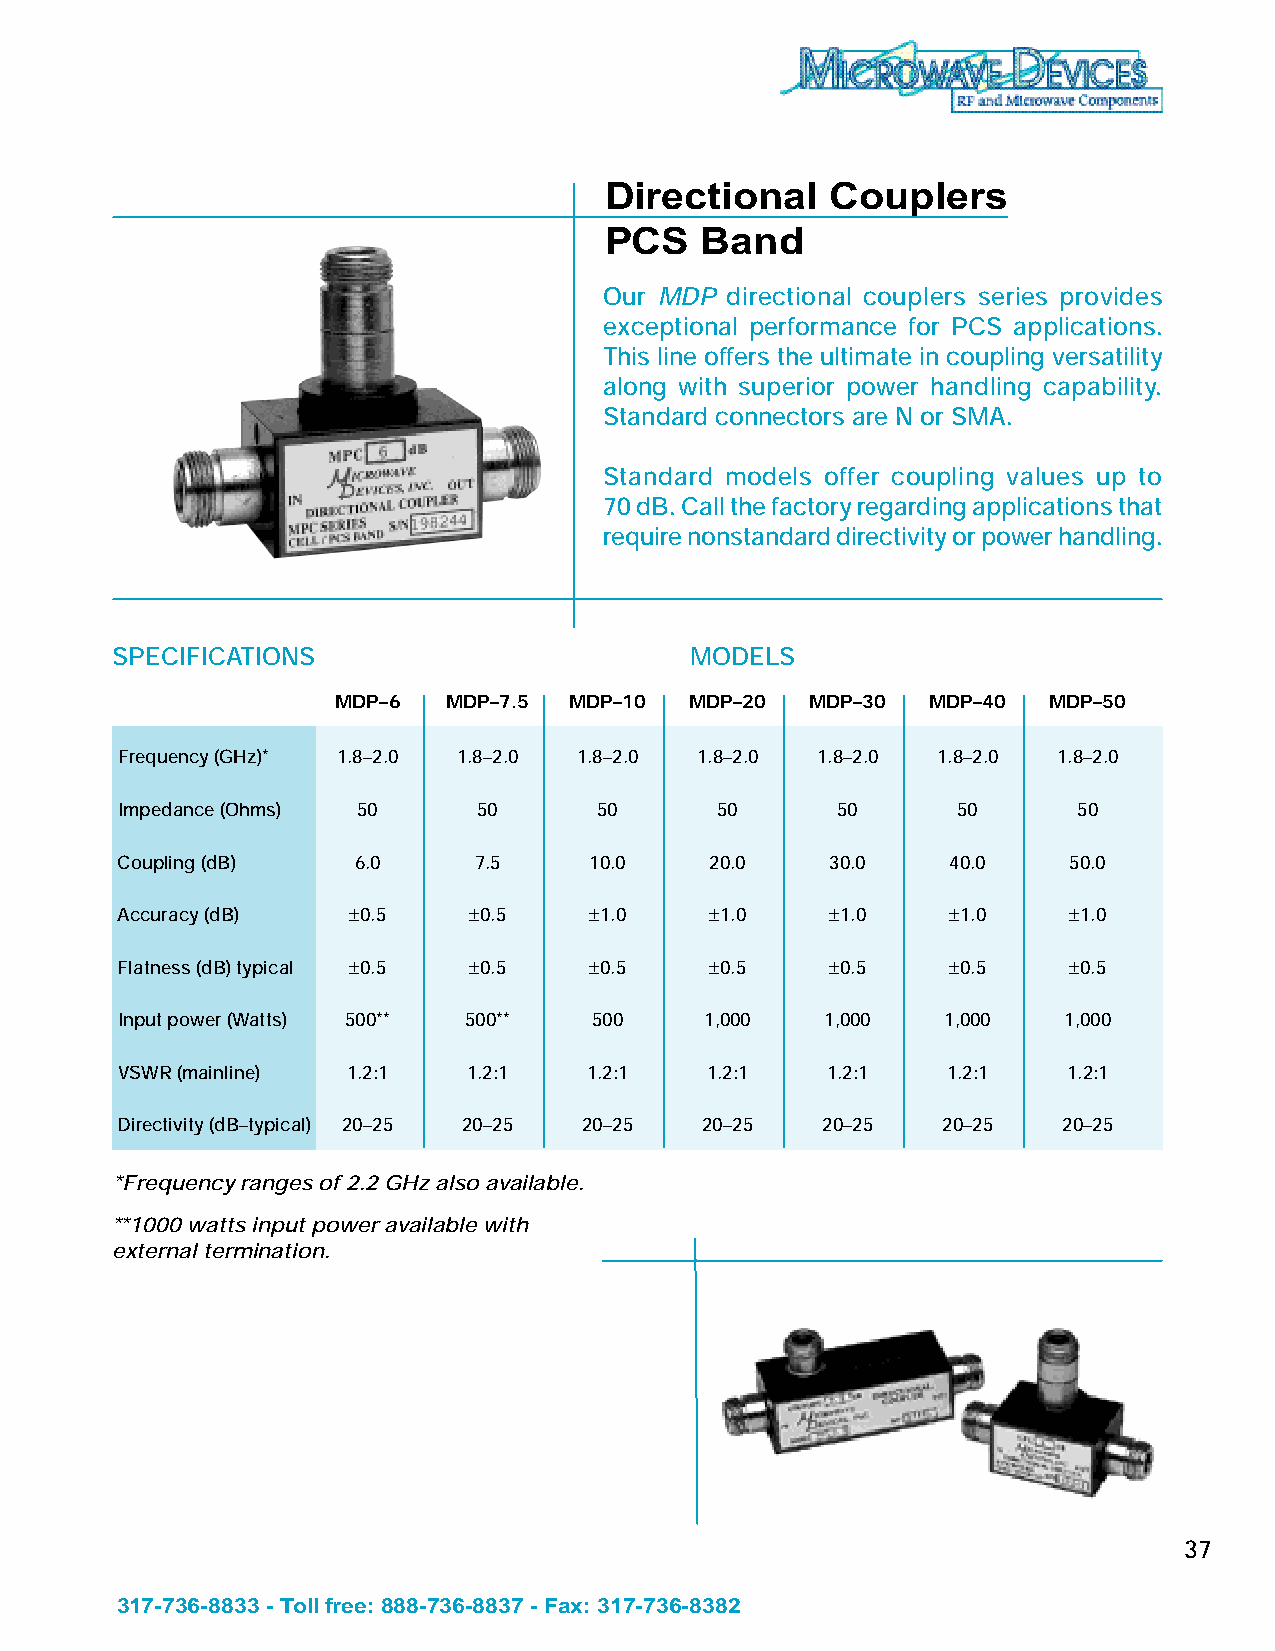
Directional    Couplers
 PCS   Band
 Our MDP directional couplers series provides
 exceptional performance for PCS applications.
 This line offers the ultimate in coupling versatility
 along with superior power handling capability.
 Standard connectors are N or SMA.
 Standard models offer coupling values up to
 70 dB. Call the factory regarding applications that
 require nonstandard directivity or power handling.
 SPECIFICATIONS                         MODELS
 MDP–6   MDP–7.5 MDP–10  MDP–20  MDP–30 MDP–40  MDP–50
 Frequency (GHz)* 1.8–2.0 1.8–2.0 1.8–2.0 1.8–2.0 1.8–2.0 1.8–2.0 1.8–2.0
 Impedance (Ohms) 50     50      50     50      50      50      50
 Coupling (dB)  6.0     7.5     10.0    20.0    30.0    40.0    50.0
 Accuracy (dB)  – 0.5   – 0.5   – 1.0   – 1.0   – 1.0   – 1.0   – 1.0
 Flatness (dB) typical – 0.5 – 0.5 – 0.5 – 0.5  – 0.5   – 0.5   – 0.5
 Input power (Watts) 500** 500** 500    1,000   1,000   1,000  1,000
 VSWR (mainline) 1.2:1  1.2:1   1.2:1   1.2:1   1.2:1   1.2:1   1.2:1
 Directivity (dB–typical) 20–25 20–25 20–25 20–25 20–25 20–25  20–25
 *Frequency ranges of 2.2 GHz also available.
 **1000 watts input power available with
 external termination.
 37
 317-736-8833 - Toll free: 888-736-8837 - Fax: 317-736-8382